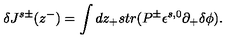
\delta J ^ { s \pm } ( z ^ { - } ) = \int d z _ { + } s t r ( P ^ { \pm } \epsilon ^ { s , 0 } \partial _ { + } \delta \phi ) .